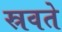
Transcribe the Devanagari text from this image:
स्रवते